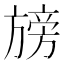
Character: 𭥁